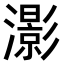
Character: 𤂖